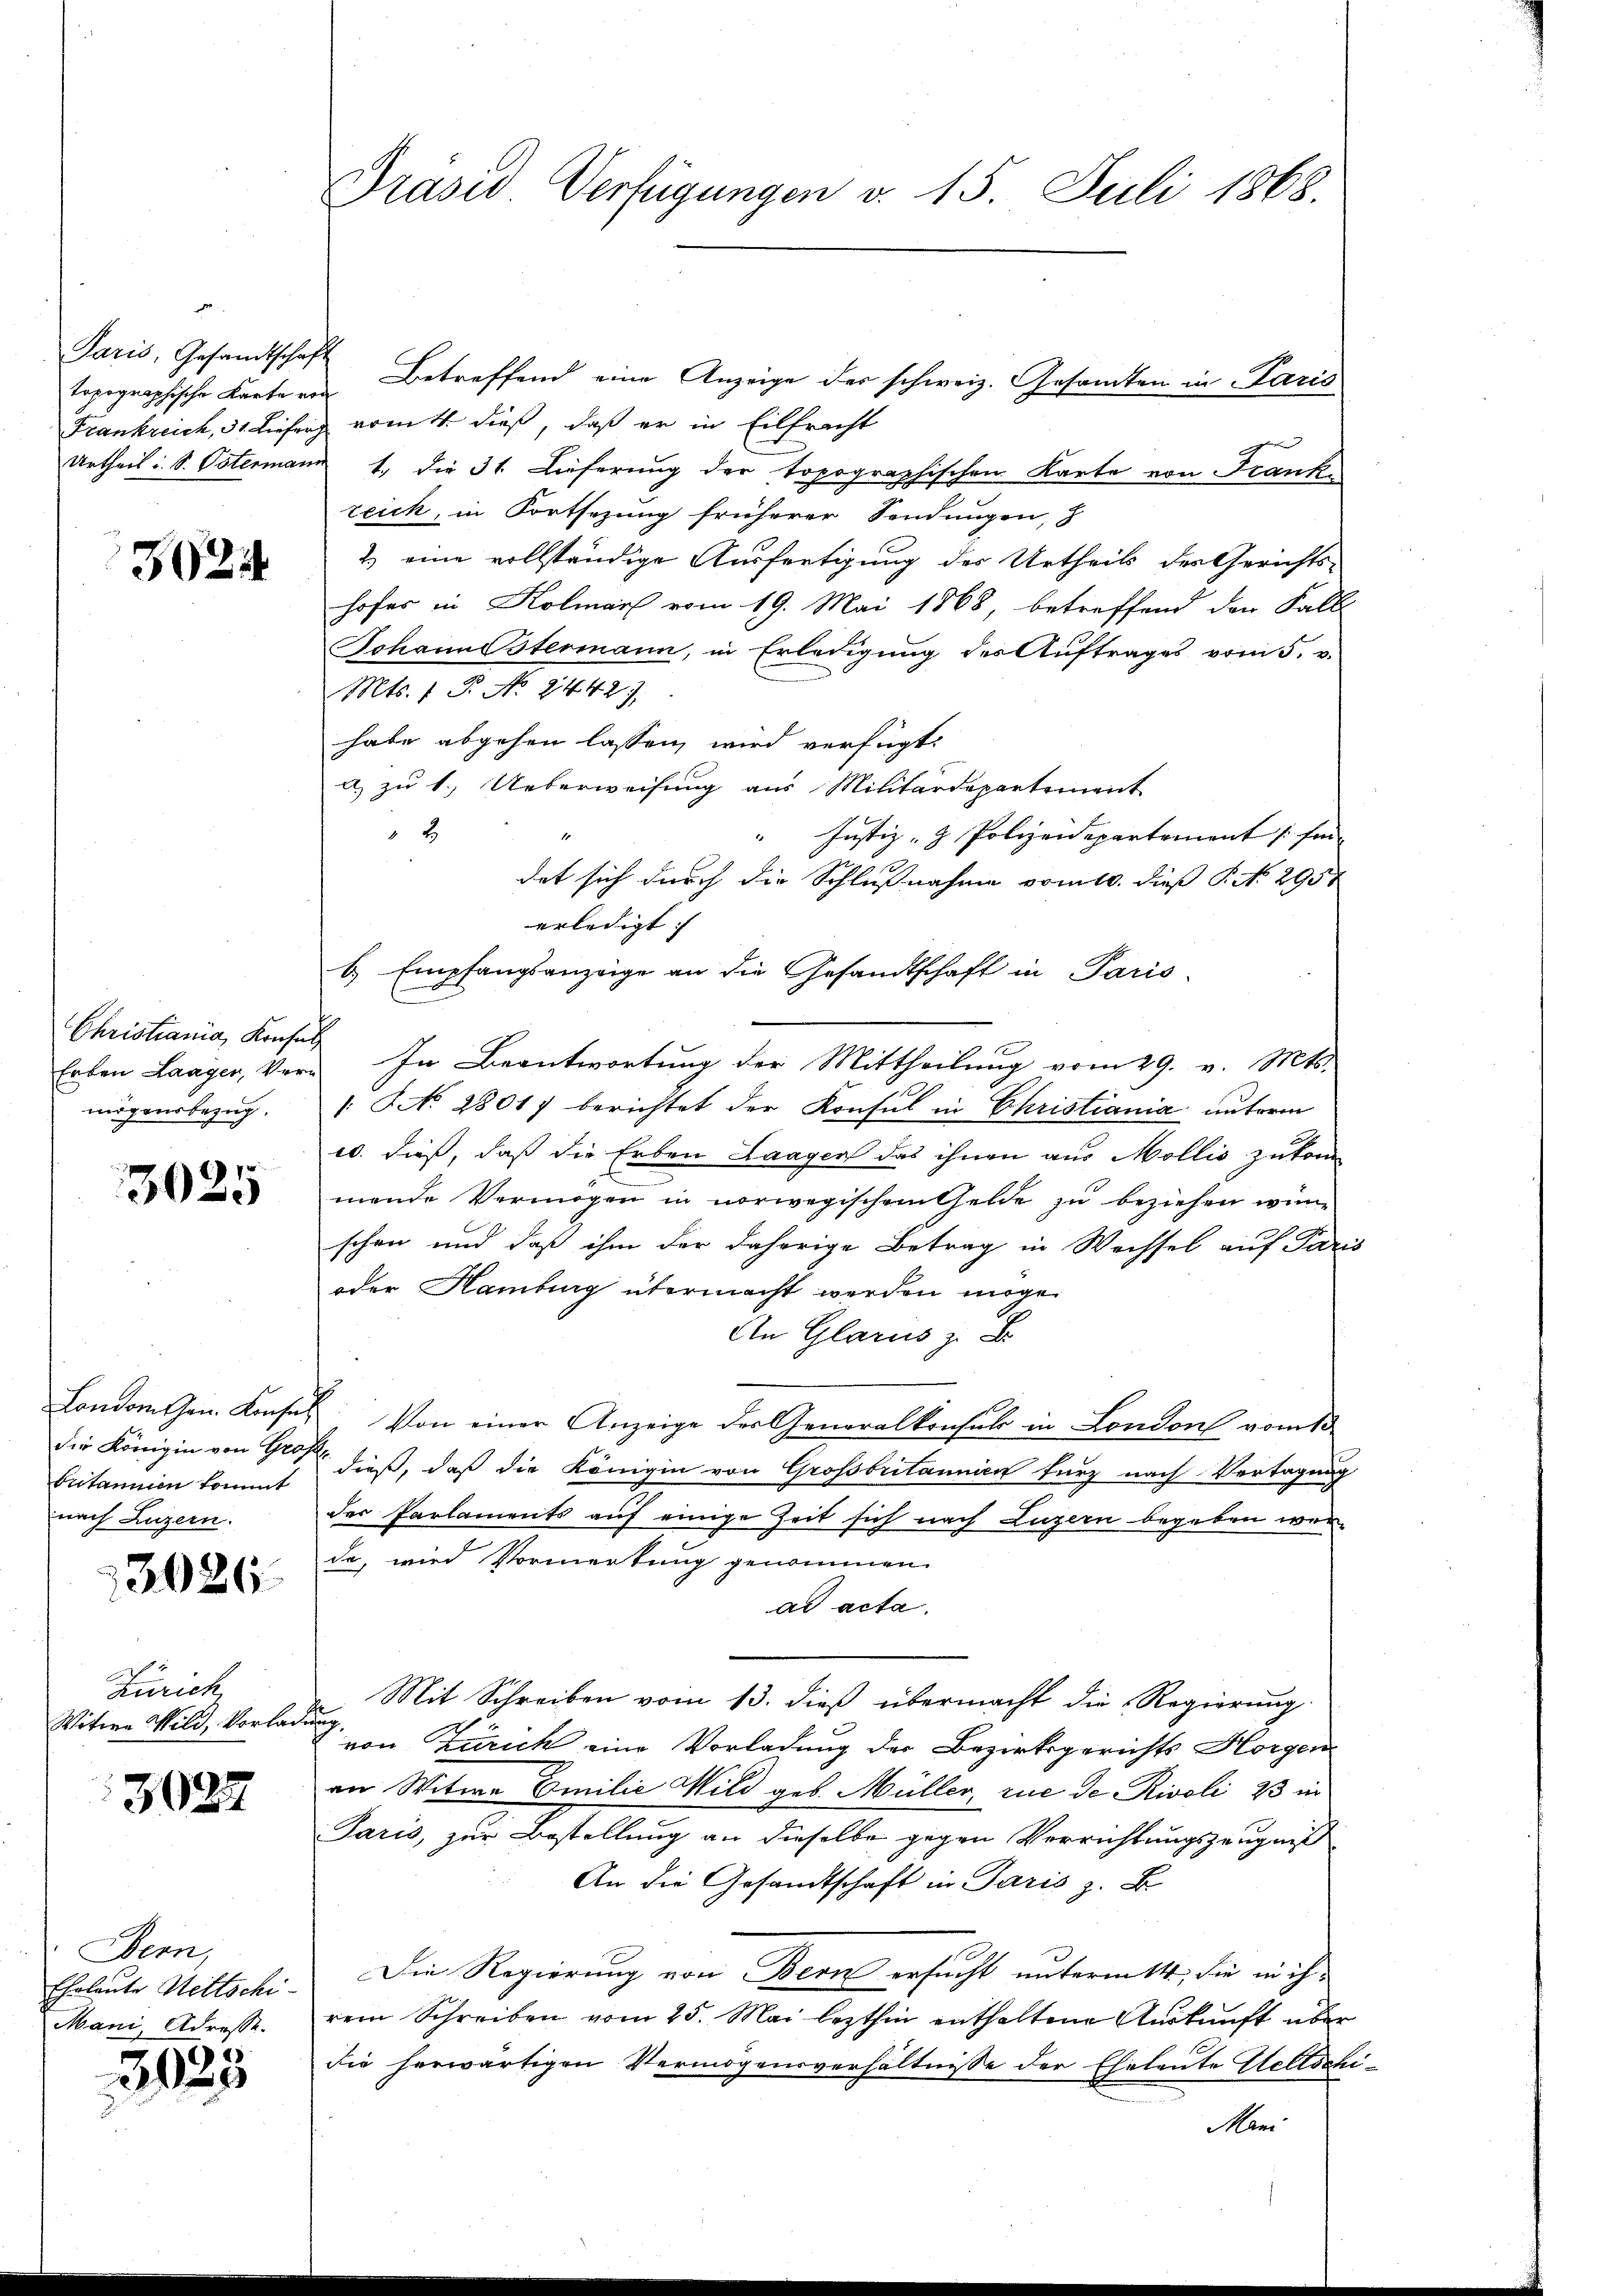
Paris, Gesandtschaft
topographische Karte von

3024

Christiania, Konsen,
Erben Laager, Vermögensbezug.

3025

Landon Gen. Konser
die Königin von Graf
butannien kommt
nach Luzern.

3026.

Zürich
Witwe Wild, Vorlag

3022

Bern,
Eheleute Hettschi¬
Mani, Adresse.

3025

Präsid Verfügungen v. 15. Juli 1868.

Betreffend eine Anzeige der schweiz. Gesamten in Paris
Frankreich, 31. Liefer vom 4. dieß, daß er in Eilfracht
Urtheil i. S. Ostermann 1. die 31 Lieferung der topographischen Karte von Frankzeich, in Fortsezung früherer Sendungen,
2) eine vollständige Ausfertigung des Urtheils des Gerichts-
hofes in Kolmar vom 19. Mai 1868, betreffend den Fall
Johann Ostermann, in Erledigung des Auftrages vom 5. v.
Mts. 1 P. No. 24421.
habe abgehen lassen wird verfügt:
a) zu 1. Ueberweisung aus Militärdepartement
2
" Justiz- & Polizeidepartement fin
det sich durch die Schlußnahme vom 10. dieß P. N. 2957
b. Empfangsanzeige an die Gesandtschaft in Paris
i
In Beantwortung der Mittheilung vom 29. v. Mts.
 NNo. 28017 berichtet der Konsul in Christiania unterm
w. dieß, daß die Erben Laagen das ihnen aus Mollis zukom
mende Vermögen in vorwegischem Gelde zu beziehen wünschen und daß ihm der daherige Betrag in Wechsel auf Paris
oder Hamburg übermacht werden möge.
An Glarus z. B.
 Von einer Anzeige der Generalkonsuls in London vom 13.
dieß, daß die Königin von Grossbritannien furz nach Vertagung
des Parlaments auf einige Zeit sich nach Luzern begeben wer-
da, wird Vormerkung genommen.
ad acta.
Mit Schreiben vom 13. dieß übermacht die Regierung
ug
von Zürich eine Vorladung der Bezirksgerichts Horgen
ann Witwe Emilie Wild geb. Müller, rue de Rivoli 33 in
Paris, zur Bestellung an dieselbe gegen Verrichtungszeugniß
An die Gesandtschaft in Paris z. B.
Die Regierung von Bern ersucht unterm 14, die in ih-
rem Schreiben vom 25. Mai lezthin enthaltene Auskunft über
die herwärtigen Vermögensverhältnisse der Eheleute Geltschi
Mani

erledigt. |